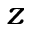
z